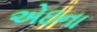
એઇના